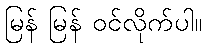
မြန် မြန် ဝင်လိုက်ပါ။